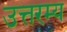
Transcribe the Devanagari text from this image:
उत्तरम्य